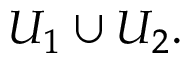
U _ { 1 } \cup U _ { 2 } .